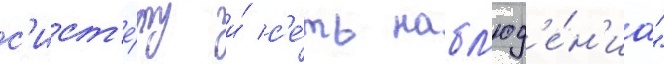
с'ист'е́му и́ с'е́ть набл'юд'е́н'иа"